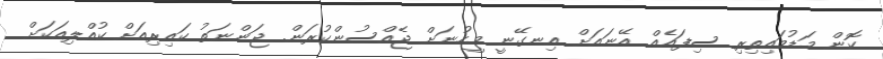
ކޮން މަޑުމައިތިރި ސިފައެއް. އޭނައަށް އިނގޭނީ މީހުނަށް ޖެއްސުންކުރަން. ޖަންނަތު ކައިރިއަށް ކުއްލިއަކަށް